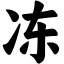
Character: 冻